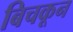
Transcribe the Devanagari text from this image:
बिचकून